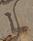
年